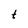
Character: t